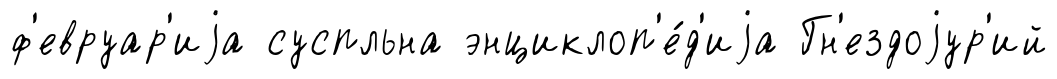
ф'евруар'иjа суспльна энциклоп'е́д'иjа Гн'ездоjур'ий